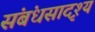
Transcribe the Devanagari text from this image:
संबंधसादृश्य